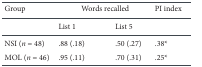
| Group | <COLSPAN=2> Words recalled | PI index |
 | --- | --- | --- | --- |
 |  | List 1 | List 5 |  |
 | NSI (n = 48) | .88 (.18) | .50 (.27) | .38* |
 | MOL (n = 46) | .95 (.11) | .70 (.31) | .25* |